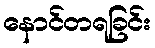
နောင်တရခြင်း